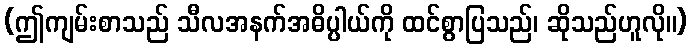
(ဤကျမ်းစာသည် သီလအနက်အဓိပ္ပါယ်ကို ထင်စွာပြသည်၊ ဆိုသည်ဟူလို။)